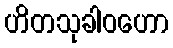
ဟိတသုခါဝဟော